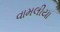
વામલીયા